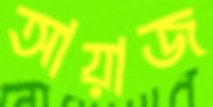
আয়াজ